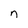
Character: n